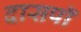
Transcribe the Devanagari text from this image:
दासपॉ